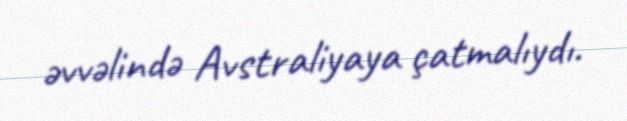
əvvəlində Avstraliyaya çatmalıydı.